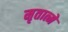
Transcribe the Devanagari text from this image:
मृतात्मे